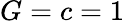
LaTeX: G=c=1